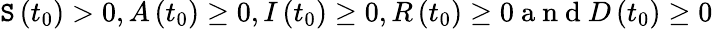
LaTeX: \mathtt{S}\left(t_{0}\right)>0,A\left(t_{0}\right)\geq0,I\left(t_{0}\right)\geq0,R\left(t_{0}\right)\geq0\mathrm{{~a~n~d~}}D\left(t_{0}\right)\geq0